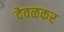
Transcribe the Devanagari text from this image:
देवळकर